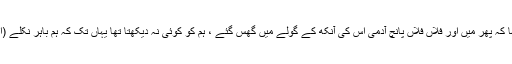
سیدنا جابرؓ نے کہا کہ پھر میں اور فلاں فلاں پانچ آدمی اس کی آنکھ کے گولے میں گھس گئے ، ہم کو کوئی نہ دیکھتا تھا یہاں تک کہ ہم باہر نکلے (اتنا بڑا جانور تھا)۔